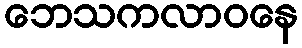
ဘေသကလာဝနေ